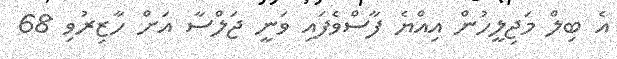
އެ ބިލް މަޖިލީހުން އިއްޔެ ފާސްވެފައި ވަނީ ޖަލްސާ އަށް ހާޒިރުވި 68